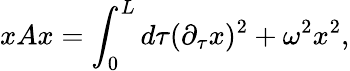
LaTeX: xAx=\int_{0}^{L}d\tau(\partial_{\tau}x)^{2}+\omega^{2}x^{2},